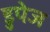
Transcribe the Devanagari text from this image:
डुपेज